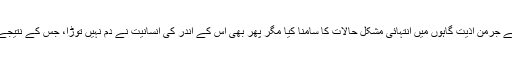
اس معاملے میں وہ Elie Wiesel کی مثال دیتا ہے جس نے جرمن اذیت گاہوں میں انتہائی مشکل حالات کا سامنا کیا مگر پھر بھی اس کے اندر کی انسانیت نے دم نہیں توڑا، جس کے نتیجے میں وہ بہتر انسان کی حیثیت سے ابھرنے میں کامیاب رہا۔